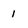
Character: 1